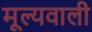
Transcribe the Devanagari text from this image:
मूल्यवाली